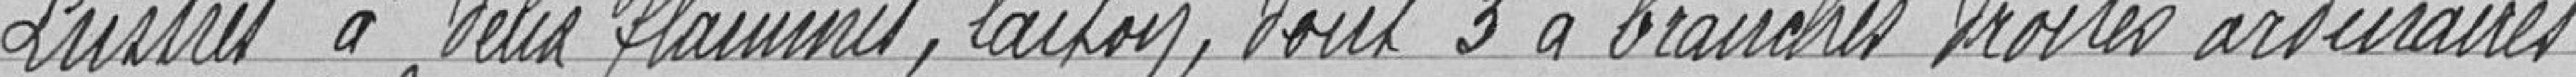
Lustres à deux flammes, laitons, dont 3 à branches droites ordinaires